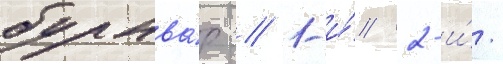
бульва́р // 1-и́/ 2-и́/